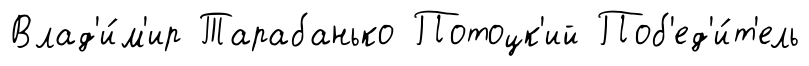
Влад'и́м'ир Тарабанько Потоцк'ий Поб'ед'и́т'ель